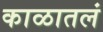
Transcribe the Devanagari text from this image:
काळातलं